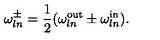
\omega _ { l n } ^ { \pm } = \frac { 1 } { 2 } ( \omega _ { l n } ^ { \mathrm { o u t } } \pm \omega _ { l n } ^ { \mathrm { i n } } ) .